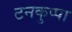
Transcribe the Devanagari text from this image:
टनकुप्पा